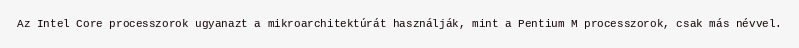
Az Intel Core processzorok ugyanazt a mikroarchitektúrát használják, mint a Pentium M processzorok, csak más névvel.